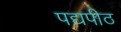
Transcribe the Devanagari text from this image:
पद्यपीठ